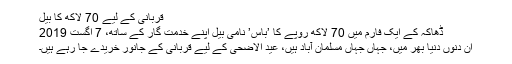
قربانی کے لیے 70 لاکھ کا بیل
ڈھاکہ کے ایک فارم میں 70 لاکھ روپے کا ’باس’ نامی بیل اپنے خدمت گار کے ساتھ، 7 اگست 2019
ان دنوں دنیا بھر میں، جہاں جہاں مسلمان آباد ہیں، عید الاضحی کے لیے قربانی کے جانور خریدے جا رہے ہیں۔